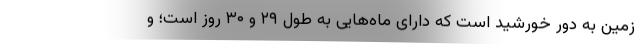
زمین به دور خورشید است که دارای ماه‌هایی به طول ۲۹ و ۳۰ روز است؛ و